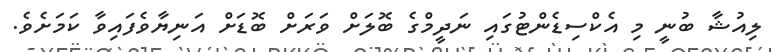
ލިއުޝާ ބުނީ މި އެކްސިޑެންޓުގައި ނަދީމްގެ ބޮލަށް ވަރަށް ބޮޑަށް އަނިޔާވެފައިވާ ކަމަށެވެ.